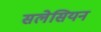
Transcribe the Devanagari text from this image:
सलेसियन